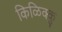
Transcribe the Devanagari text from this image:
किळिक्कु